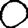
Digit: 0